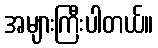
အများကြီးပါတယ်။